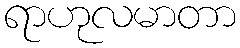
ရာဟုလမာတာ